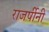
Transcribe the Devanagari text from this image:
राजर्षीनी